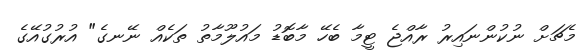
މެޗަށް ނުކުންނައިރު ރާއްޖެ ޓީމާ ބެހޭ މާބޮޑު މައުލޫމާތު ތަކެއް ނޭނގެ" އުރުގުއޭގެ